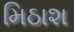
મિઠાશ